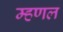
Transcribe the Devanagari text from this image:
म्हणल